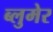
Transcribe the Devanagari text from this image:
ब्लुमेर